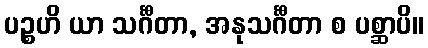
ပဉ္စဟိ ယာ သင်္ဂီတာ, အနုသင်္ဂီတာ စ ပစ္ဆာပိ။